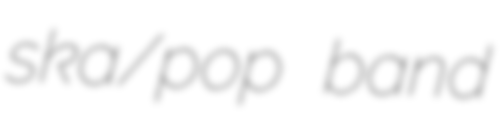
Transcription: ska/pop band